King Institute of Preventive Medicine Micro-Biological Section reports 1912-19
Year: 1912
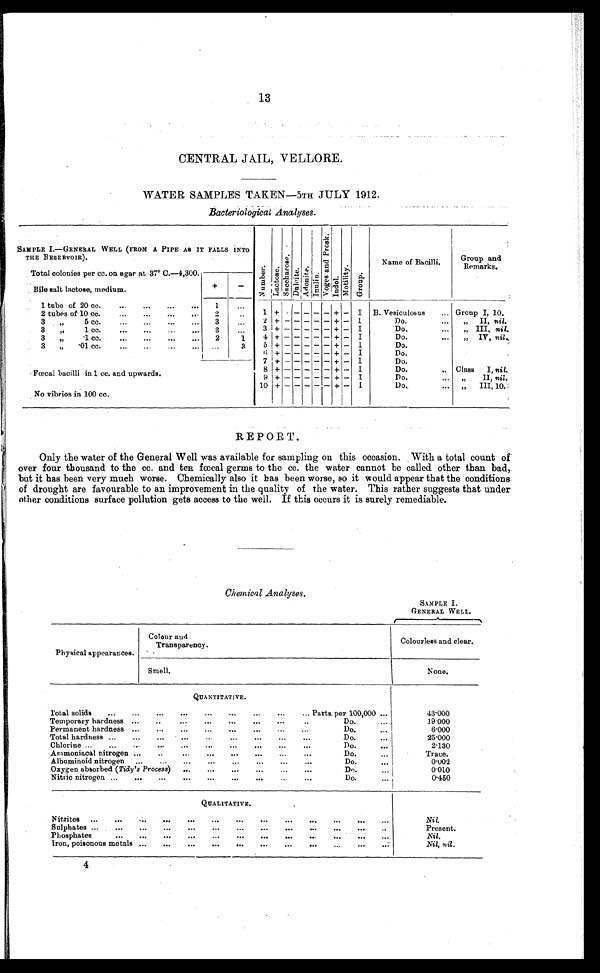
13
CENTRAL JAIL, VELLORE.
WATER SAMPLES TAKEN—5TH JULY 1912.
Bacteriological Analyses.
SAMPLE I.—GENERAL WELL (FROM A PIPE AS IT
THE RESERVOIR).
Number.Lactose.
S a c c h a r o s e .
Dul ci t e.Adoni t e.Inulin.
V o g e s a n d P r o g e s . Indole.Motility.Group.
Name of Bacilli.
Group and
Remarks.
Total colonies per cc. on agar at 37° C.—4,300.
Bile salt lactose, medium.
+
-
1 tube of 20 cc.
1
2 tubes of 10 cc.
2
1 + - - - - - + -
I B. Vesiculosus
Group I, 10.
3 „ 5 cc.
3
2 + - - - - - + -
I
Do.
„ II, nil.
3 „ 1 cc.
3
3 + - - - - - + -
I
Do.
„ III, nil.
3 „ 1 cc.
2
1
4 + - - - - - + -
I
Do.
„ IV, nil
3 „ 01 cc.
3
5 + - - - - - + -
I
Do.
6 + - - - - - + -
I
Do.
7 + - - - - - + -
I
Do.
8 + - - - - - + -
I
Do.
Class I, nil.
Fcecal bacilli in 1 cc. and upwards.
9 + - - - - - + -
I
Do.
„ II, nil.
10 + - - - - - + -
I
Do.
„ III, 10.
No vibrios in 100 cc.
REPORT .
Only the water of the General W ell was available for sampling on this occasion. With a total count of
over four thousand to the cc. and ten. fœcal germs to the cc. the water cannot be called other than bad,.
but it has been very much worse. Chemically also it has been worse, so it would appear that the conditions.
of drought are favourable to an improvement in the quality of the water. This rather suggests that under
other conditions surface pollution gets access to the well. If this occurs it is surely remediable.
Chemical Analyses.
Physical appearances.
Colour and
Transparency.
SAMPLE I.
GENERAL WELL.
Colourless and clear.
Smell.
None.
QUANTITATIVE.
Total solids
Parts per 100,000
43·000
Temporary hardness
Do.
1 9 · 0 0 0
Permanent hardness
Do.
6·000
Total hardness
Do.
25·000
Chlorine
Do.
2·130
Anmoniacal nitrogen
Do.
T r a c e .
Albuminoid nitrogen.
Do.
0·002
Oxygen absorbed ( Tidy’s Process)
Do.
0·010
Nitric nitrogen
Do.
0·450
QUALITATIVE.
Nitrites
Nil.
Sulphates
Present.
Phosphates
Nil
.
Iron, poisonous metals
Nil, nil.